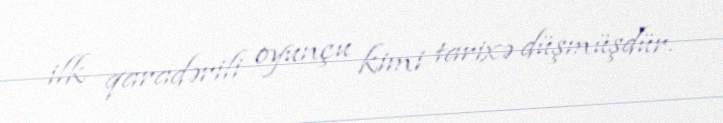
ilk qaradərili oyunçu kimi tarixə düşmüşdür.